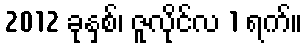
2012 ခုနှစ်၊ ဇူလိုင်လ 1 ရက်။